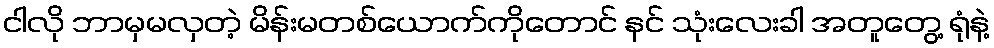
ငါလို ဘာမှမလှတဲ့ မိန်းမတစ်ယောက်ကိုတောင် နင် သုံးလေးခါ အတူတွေ့ ရုံနဲ့